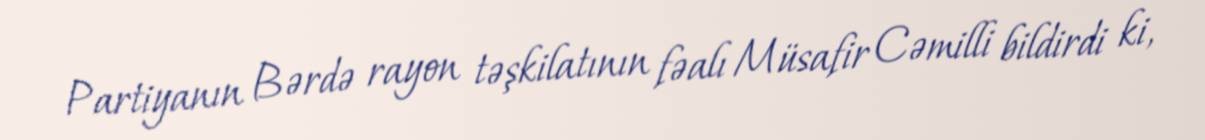
Partiyanın Bərdə rayon təşkilatının fəalı Müsafir Cəmilli bildirdi ki,